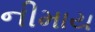
નીમાય